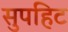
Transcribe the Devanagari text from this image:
सुपहिट